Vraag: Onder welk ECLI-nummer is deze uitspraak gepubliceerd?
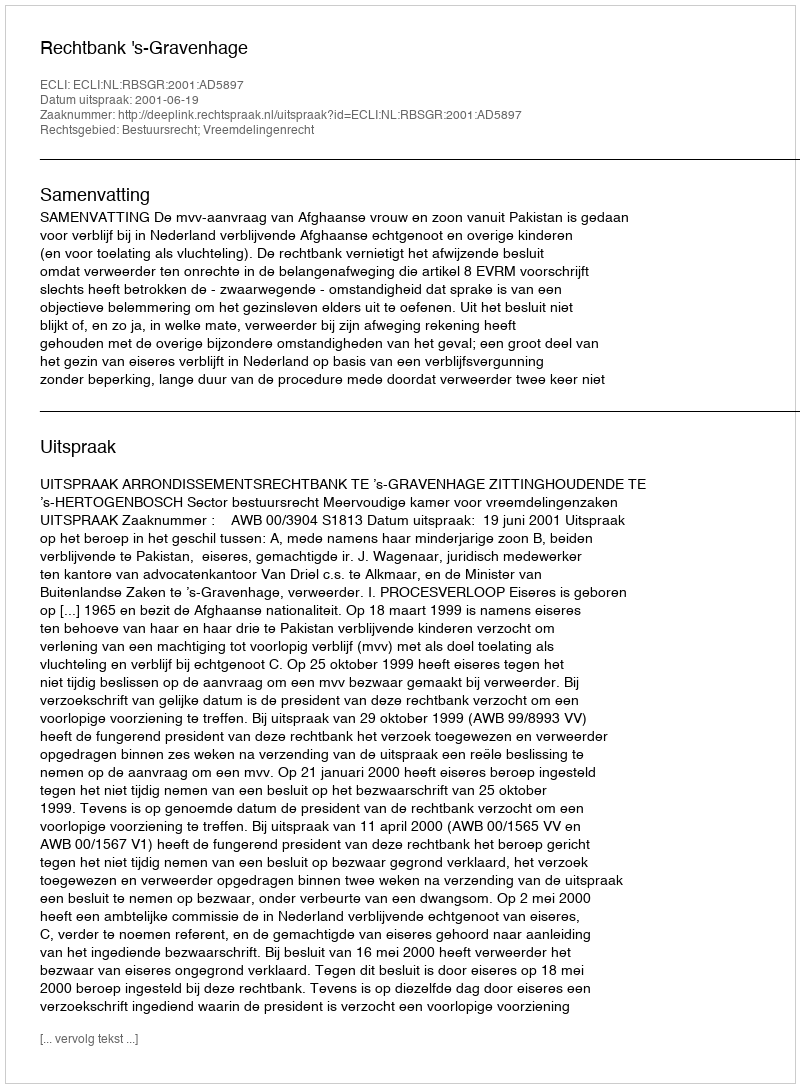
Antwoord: ECLI:NL:RBSGR:2001:AD5897